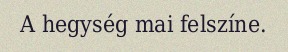
A hegység mai felszíne.